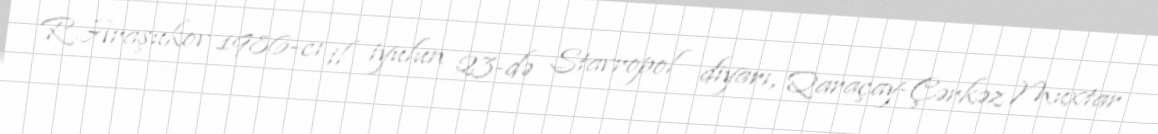
R.Araşukov 1986-cı il iyulun 23-də Stavropol diyarı, Qaraçay-Çərkəz Muxtar